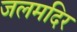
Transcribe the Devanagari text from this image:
जलमदिर